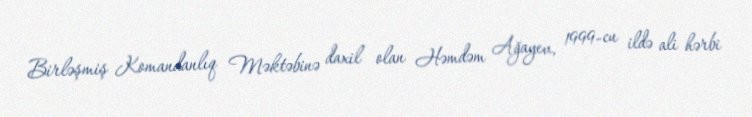
Birləşmiş Komandanlıq Məktəbinə daxil olan Həmdəm Ağayev, 1999-cu ildə ali hərbi